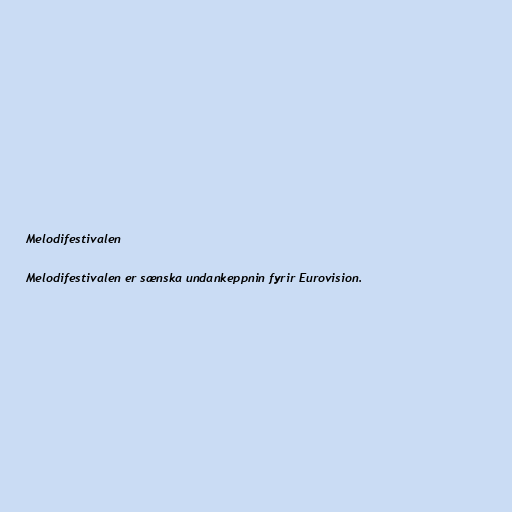
Melodifestivalen

Melodifestivalen er sænska undankeppnin fyrir Eurovision.